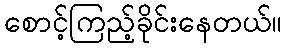
စောင့်ကြည့်ခိုင်းနေတယ်။